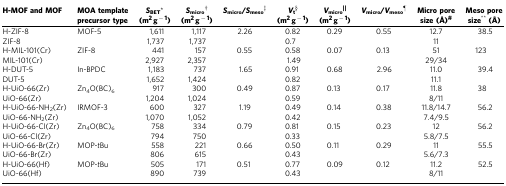
<table><thead><tr><td><b>H-MOF and MOF</b></td><td><b>MOA template precursor type</b></td><td><b><i>S</i><sub>BET</sub>* (m<sup>2</sup> g<sup>−1</sup>)</b></td><td><b><i>S</i><sub>micro</sub>† (m<sup>2</sup> g<sup>−1</sup>)</b></td><td><b><i>S</i><sub>micro</sub>/<i>S</i><sub>meso</sub>‡</b></td><td><b><i>V</i><sub>t</sub>§ (m<sup>2</sup> g<sup>−1</sup>)</b></td><td><b><i>V</i><sub>micro</sub>|| (m<sup>2</sup> g<sup>−1</sup>)</b></td><td><b><i>V</i><sub>micro</sub>/<i>V</i><sub>meso</sub>¶</b></td><td><b>Micro pore size (Å)#</b></td><td><b>Meso pore size** (Å)</b></td></tr></thead><tbody><tr><td>H-ZIF-8</td><td>MOF-5</td><td>1,611</td><td>1,117</td><td>2.26</td><td>0.82</td><td>0.29</td><td>0.55</td><td>12.7</td><td>38.5</td></tr><tr><td>ZIF-8</td><td> </td><td>1,737</td><td>1,737</td><td> </td><td>0.7</td><td> </td><td> </td><td>11</td><td> </td></tr><tr><td>H-MIL-101(Cr)</td><td>ZIF-8</td><td>441</td><td>157</td><td>0.55</td><td>0.58</td><td>0.07</td><td>0.13</td><td>51</td><td>123</td></tr><tr><td>MIL-101(Cr)</td><td> </td><td>2,927</td><td>2,357</td><td> </td><td>1.49</td><td> </td><td> </td><td>29/34</td><td> </td></tr><tr><td>H-DUT-5</td><td>In-BPDC</td><td>1,183</td><td>737</td><td>1.65</td><td>0.91</td><td>0.68</td><td>2.96</td><td>11.0</td><td>39.4</td></tr><tr><td>DUT-5</td><td> </td><td>1,652</td><td>1,424</td><td> </td><td>0.82</td><td> </td><td> </td><td>11.1</td><td> </td></tr><tr><td>H-UiO-66(Zr)</td><td>Zn<sub>4</sub>O(BC)<sub>6</sub></td><td>917</td><td>300</td><td>0.49</td><td>0.87</td><td>0.13</td><td>0.17</td><td>11.8</td><td>38</td></tr><tr><td>UiO-66(Zr)</td><td> </td><td>1,204</td><td>1,024</td><td> </td><td>0.59</td><td> </td><td> </td><td>8/11</td><td> </td></tr><tr><td>H-UiO-66-NH<sub>2</sub>(Zr)</td><td>IRMOF-3</td><td>600</td><td>327</td><td>1.19</td><td>0.49</td><td>0.14</td><td>0.38</td><td>11.8/14.7</td><td>56.2</td></tr><tr><td>UiO-66-NH<sub>2</sub>(Zr)</td><td> </td><td>1,070</td><td>1,052</td><td> </td><td>0.42</td><td> </td><td> </td><td>7.4/9.5</td><td> </td></tr><tr><td>H-UiO-66-Cl(Zr)</td><td>Zn<sub>4</sub>O(BC)<sub>6</sub></td><td>758</td><td>334</td><td>0.79</td><td>0.81</td><td>0.15</td><td>0.23</td><td>12</td><td>56.2</td></tr><tr><td>UiO-66-Cl(Zr)</td><td> </td><td>794</td><td>750</td><td> </td><td>0.33</td><td> </td><td> </td><td>5.8/7.5</td><td> </td></tr><tr><td>H-UiO-66-Br(Zr)</td><td>MOP-<i>t</i>Bu</td><td>558</td><td>221</td><td>0.66</td><td>0.50</td><td>0.11</td><td>0.29</td><td>11</td><td>55.5</td></tr><tr><td>UiO-66-Br(Zr)</td><td> </td><td>806</td><td>615</td><td> </td><td>0.43</td><td> </td><td> </td><td>5.6/7.3</td><td> </td></tr><tr><td>H-UiO-66(Hf)</td><td>MOP-<i>t</i>Bu</td><td>505</td><td>171</td><td>0.51</td><td>0.77</td><td>0.09</td><td>0.12</td><td>11.2</td><td>52.5</td></tr><tr><td>UiO-66(Hf)</td><td> </td><td>890</td><td>739</td><td> </td><td>0.43</td><td> </td><td> </td><td>8/11</td><td> </td></tr></tbody></table>